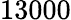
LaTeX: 13000